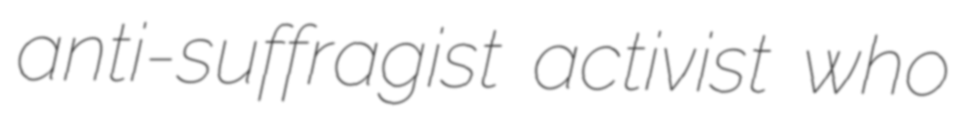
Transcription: anti-suffragist activist who